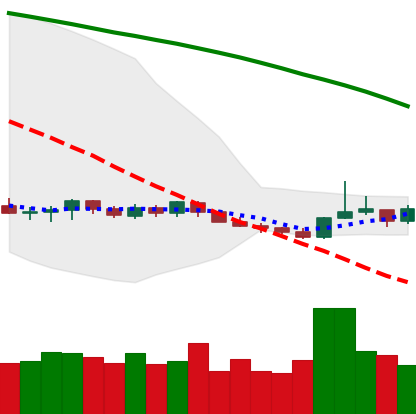
Ticker: XMR-USD
Chart end date: 2019-10-20
Forward return: 4.515%
Label: up_3_5